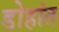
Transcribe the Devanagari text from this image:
डोहांत